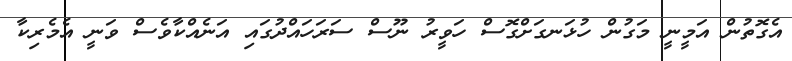
އެގޮތުން އަމީނީ މަގުން ހުޅަނގަށްގޮސް ހަވީރު ނޫސް ސަރަހައްދުގައި އަނެއްކާވެސް ވަނީ އެމެރިކާ